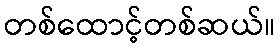
တစ်ထောင့်တစ်ဆယ်။